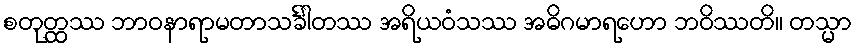
စတုတ္ထဿ ဘာဝနာရာမတာသင်္ခါတဿ အရိယဝံသဿ အဓိဂမာရဟော ဘဝိဿတိ။ တသ္မာ